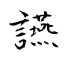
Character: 讌